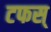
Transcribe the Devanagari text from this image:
टफस्